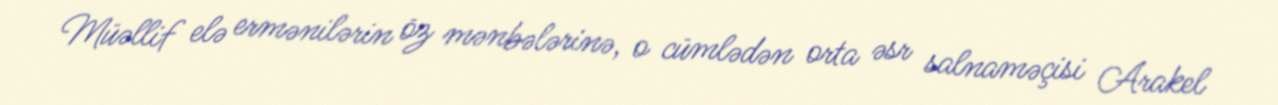
Müəllif elə ermənilərin öz mənbələrinə, o cümlədən orta əsr salnaməçisi Arakel